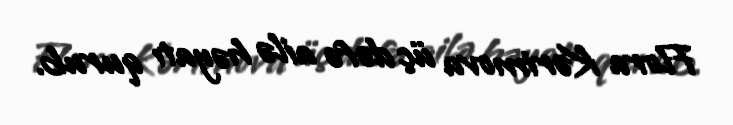
Flora Kərimova üç dəfə ailə həyatı qurub.